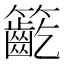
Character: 𥷳